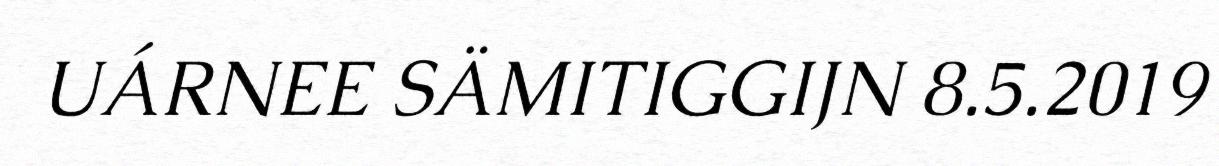
UÁRNEE SÄMITIGGIJN 8.5.2019